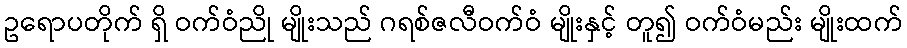
ဥရောပတိုက် ရှိ ဝက်ဝံညို မျိုးသည် ဂရစ်ဇလီဝက်ဝံ မျိုးနှင့် တူ၍ ဝက်ဝံမည်း မျိုးထက်